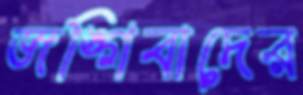
জঙ্গিবাদের